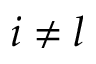
i \neq l